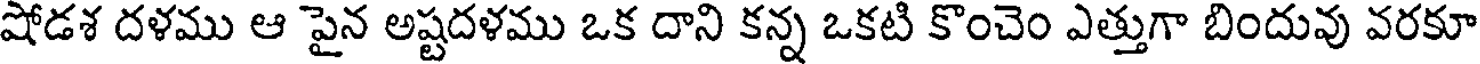
షోడశ దళము ఆ పైన అష్టదళము ఒక దాని కన్న ఒకటి కొంచెం ఎత్తుగా బిందువు వరకూ